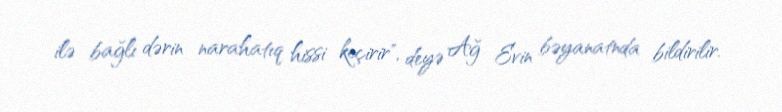
ilə bağlı dərin narahatıq hissi keçirir", deyə Ağ Evin bəyanatnda bildirilir.